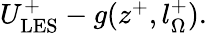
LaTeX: \begin{array}{r}{U_{\mathrm{LES}}^{+}-g(z^{+},l_{\Omega}^{+}).}\end{array}